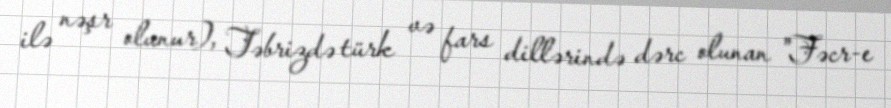
ilə nəşr olunur), Təbrizdə türk və fars dillərində dərc olunan "Fəcr-e